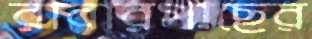
রাবারগাছের